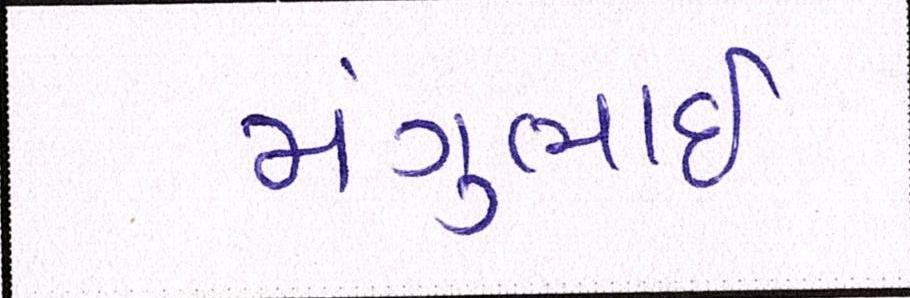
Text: મંગુભાઇ